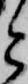
と